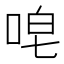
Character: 唣